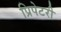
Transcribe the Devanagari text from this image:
प्रिपेटरी